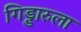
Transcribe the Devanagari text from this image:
गिड्डारुला